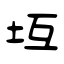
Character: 坘